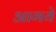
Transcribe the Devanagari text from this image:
आगये